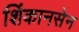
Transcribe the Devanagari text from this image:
शिंकानसेन